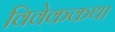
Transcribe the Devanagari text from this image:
विवेककथा